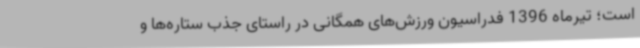
است؛ تیرماه 1396 فدراسیون ورزش‌های همگانی در راستای جذب ستاره‌ها و